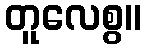
တူလေစွ။